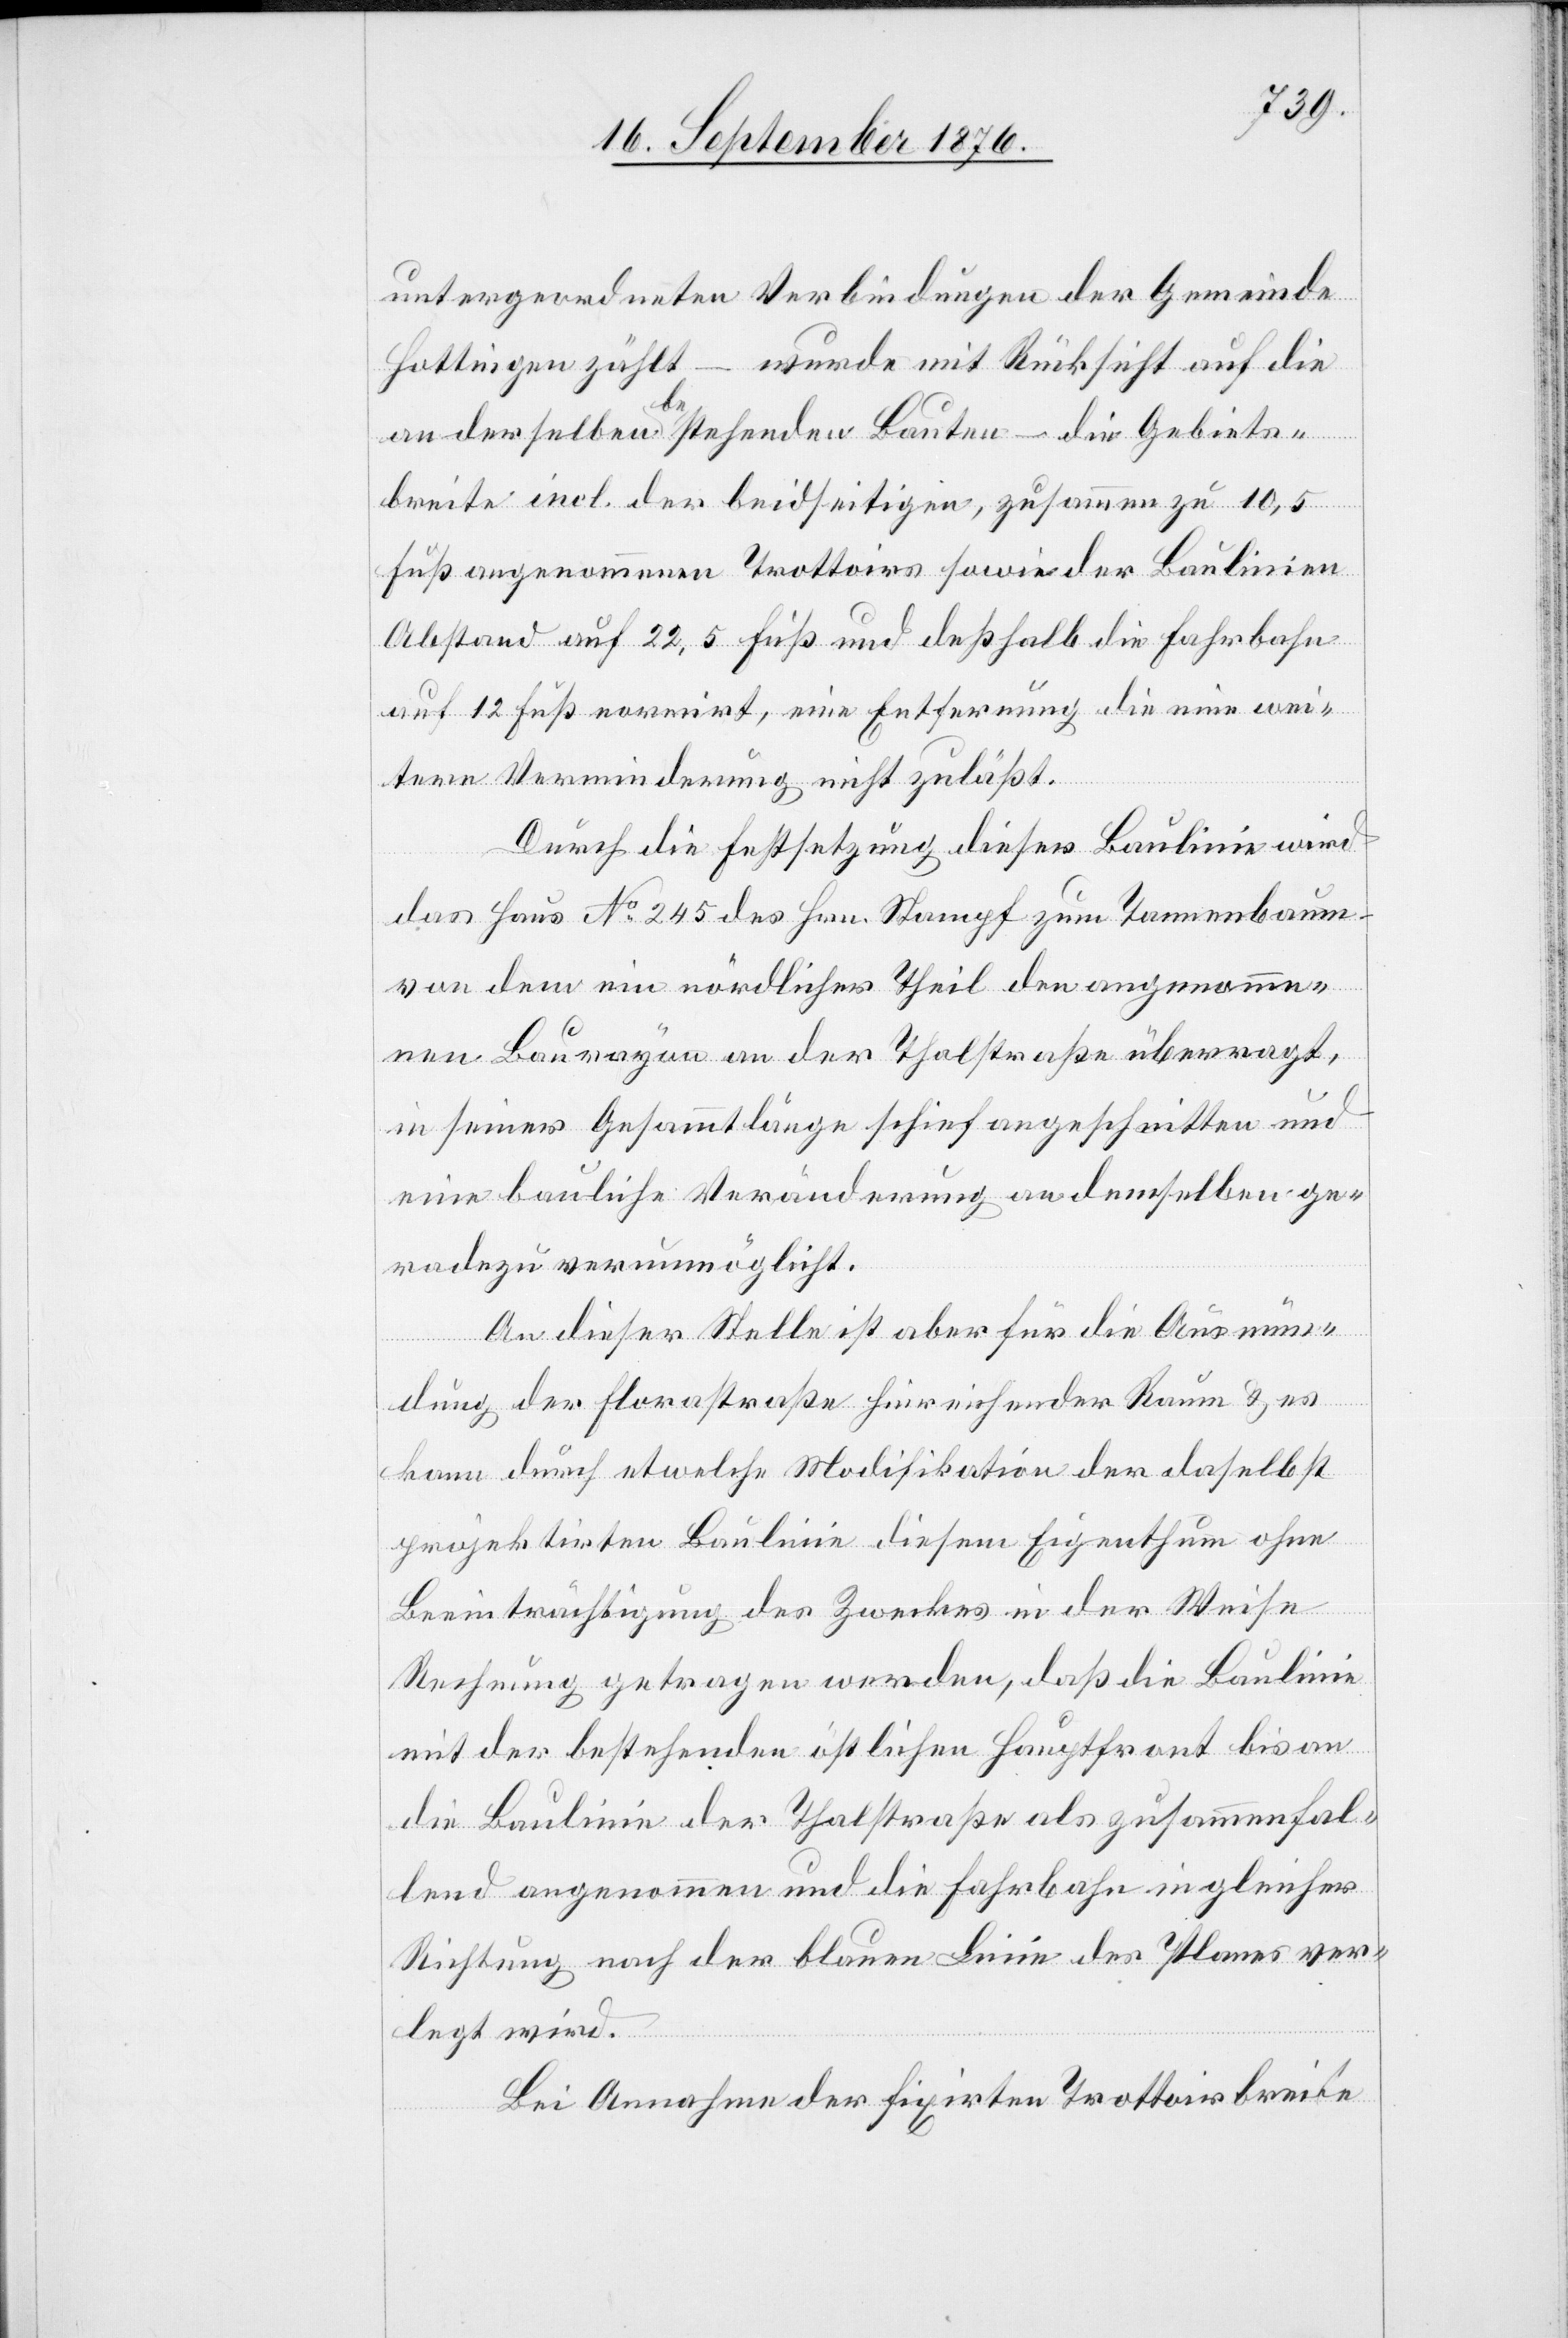
untergeordneten Verbindungen der Gemeinde
Hottingen zählt – wurde mi Rücksicht auf die
an derselben bestehenden Bauten – die Gebiets¬
breite incl. der beidseitigen, zusammen zu 10,5
Fuß angenommenen Trottoirs sowie der Baulinien
Abstand auf 22,5 Fuß und deßhalb die Fahrbahn
auf 12 Fuß normirt, eine Entfernung die eine wei¬
tere Verminderung nicht zuläßt.
Durch die Festsetzung dieser Baulinie wie
das Haus No 245 des Hrn. Stampf zum Tannenbaum
von dem ein nördlicher Theil den angenomme¬
nen Baurayon an der Thalstraße überragt,
in seiner Gesammtlänge schief angeschnitten und
eine bauliche Veränderung an demselben ge¬
radezu verunmöglicht.
An dieser Stelle ist aber für die Ausmün¬
dung der Florastraße hinreichender Raum & es
kann durch etwelche Modifikation der daselbst
projektirten Baulinie diesem Eigenthum ohne
Beeinträchtigung des Zweckes in der Weise
Rechnung getragen werden, daß die Baulinie
mit der bestehenden östlichen Hauptfront bis an
die Baulinie der Thalstraße als zusammenfal¬
lend angenommen und die Fahrbahn in gleicher
Richtung nach der blauen Linie des Planes ver¬
leg wird.
Bei Annahme der fixirten Trottoirbreite